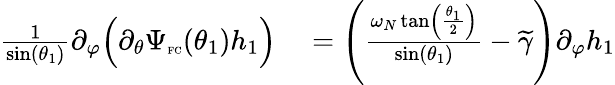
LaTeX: \begin{array}{rl}{\frac{1}{\sin(\theta_{1})}\partial_{\varphi}\Big(\partial_{\theta}\Psi_{\textnormal{\tiny{FC}}}(\theta_{1})h_{1}\Big)}&{{}=\left(\frac{\omega_{N}\tan\left(\frac{\theta_{1}}{2}\right)}{\sin(\theta_{1})}-\widetilde{\gamma}\right)\partial_{\varphi}h_{1}}\end{array}